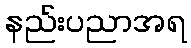
နည်းပညာအရ